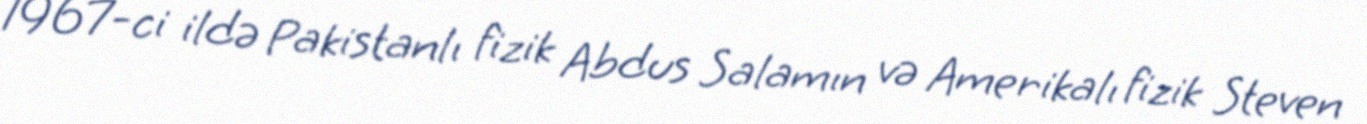
1967-ci ildə Pakistanlı fizik Abdus Salamın və Amerikalı fizik Steven